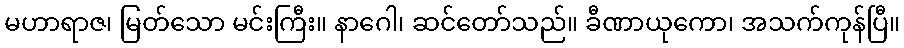
မဟာရာဇ၊ မြတ်သော မင်းကြီး။ နာဂေါ၊ ဆင်တော်သည်။ ခီဏာယုကော၊ အသက်ကုန်ပြီ။